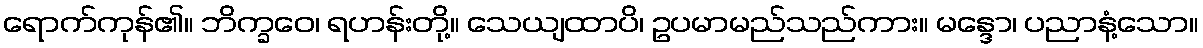
ရောက်ကုန်၏။ ဘိက္ခဝေ၊ ရဟန်းတို့။ သေယျထာပိ၊ ဥပမာမည်သည်ကား။ မန္ဒော၊ ပညာနံ့သော။